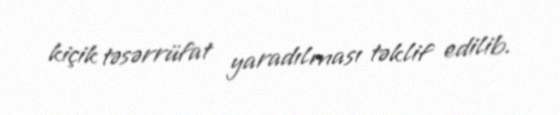
kiçik təsərrüfat yaradılması təklif edilib.